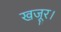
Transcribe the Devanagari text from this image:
खजूर।